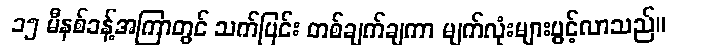
၁၅ မီနစ်ခန့်အကြာတွင် သက်ပြင်း တစ်ချက်ချကာ မျက်လုံးများပွင့်လာသည်။